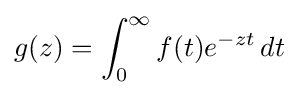
g(z)=\int _{0}^{\infty }f(t)e^{-zt}\,dt